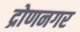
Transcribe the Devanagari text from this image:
द्रोणनगर